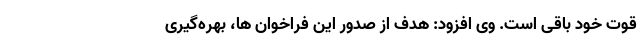
قوت خود باقی است. وی افزود: هدف از صدور این فراخوان ها، بهره‌گیری